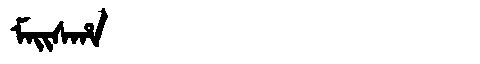
Manchu: ᠮᠠᡳᠰᡥᠠ
Romanization: MAISHA